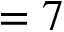
= 7